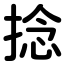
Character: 捻